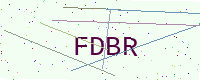
Text: FDBR